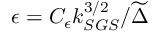
\epsilon = C _ { \epsilon } k _ { S G S } ^ { 3 / 2 } / \widetilde { \Delta }